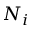
N _ { i }